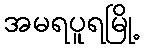
အမရပူရမြို့